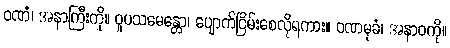
ဝဏံ၊ အနာကြီးကို။ ဝူပသမေန္တော၊ ပျောက်ငြိမ်းစေလိုရကား။ ဝဏမုခံ၊ အနာဝကို။